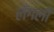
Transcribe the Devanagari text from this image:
लँगली